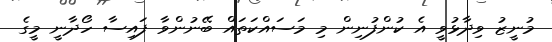
މުނީޒު ވިދާޅުވީ އެ ކުންފުނިން މި މަސައްކަތައް ބޭނުންވާ ފައިސާ ހޯދާނީ މީގެ